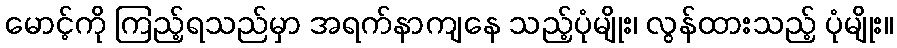
မောင့်ကို ကြည့်ရသည်မှာ အရက်နာကျနေ သည့်ပုံမျိုး၊ လွန်ထားသည့် ပုံမျိုး။